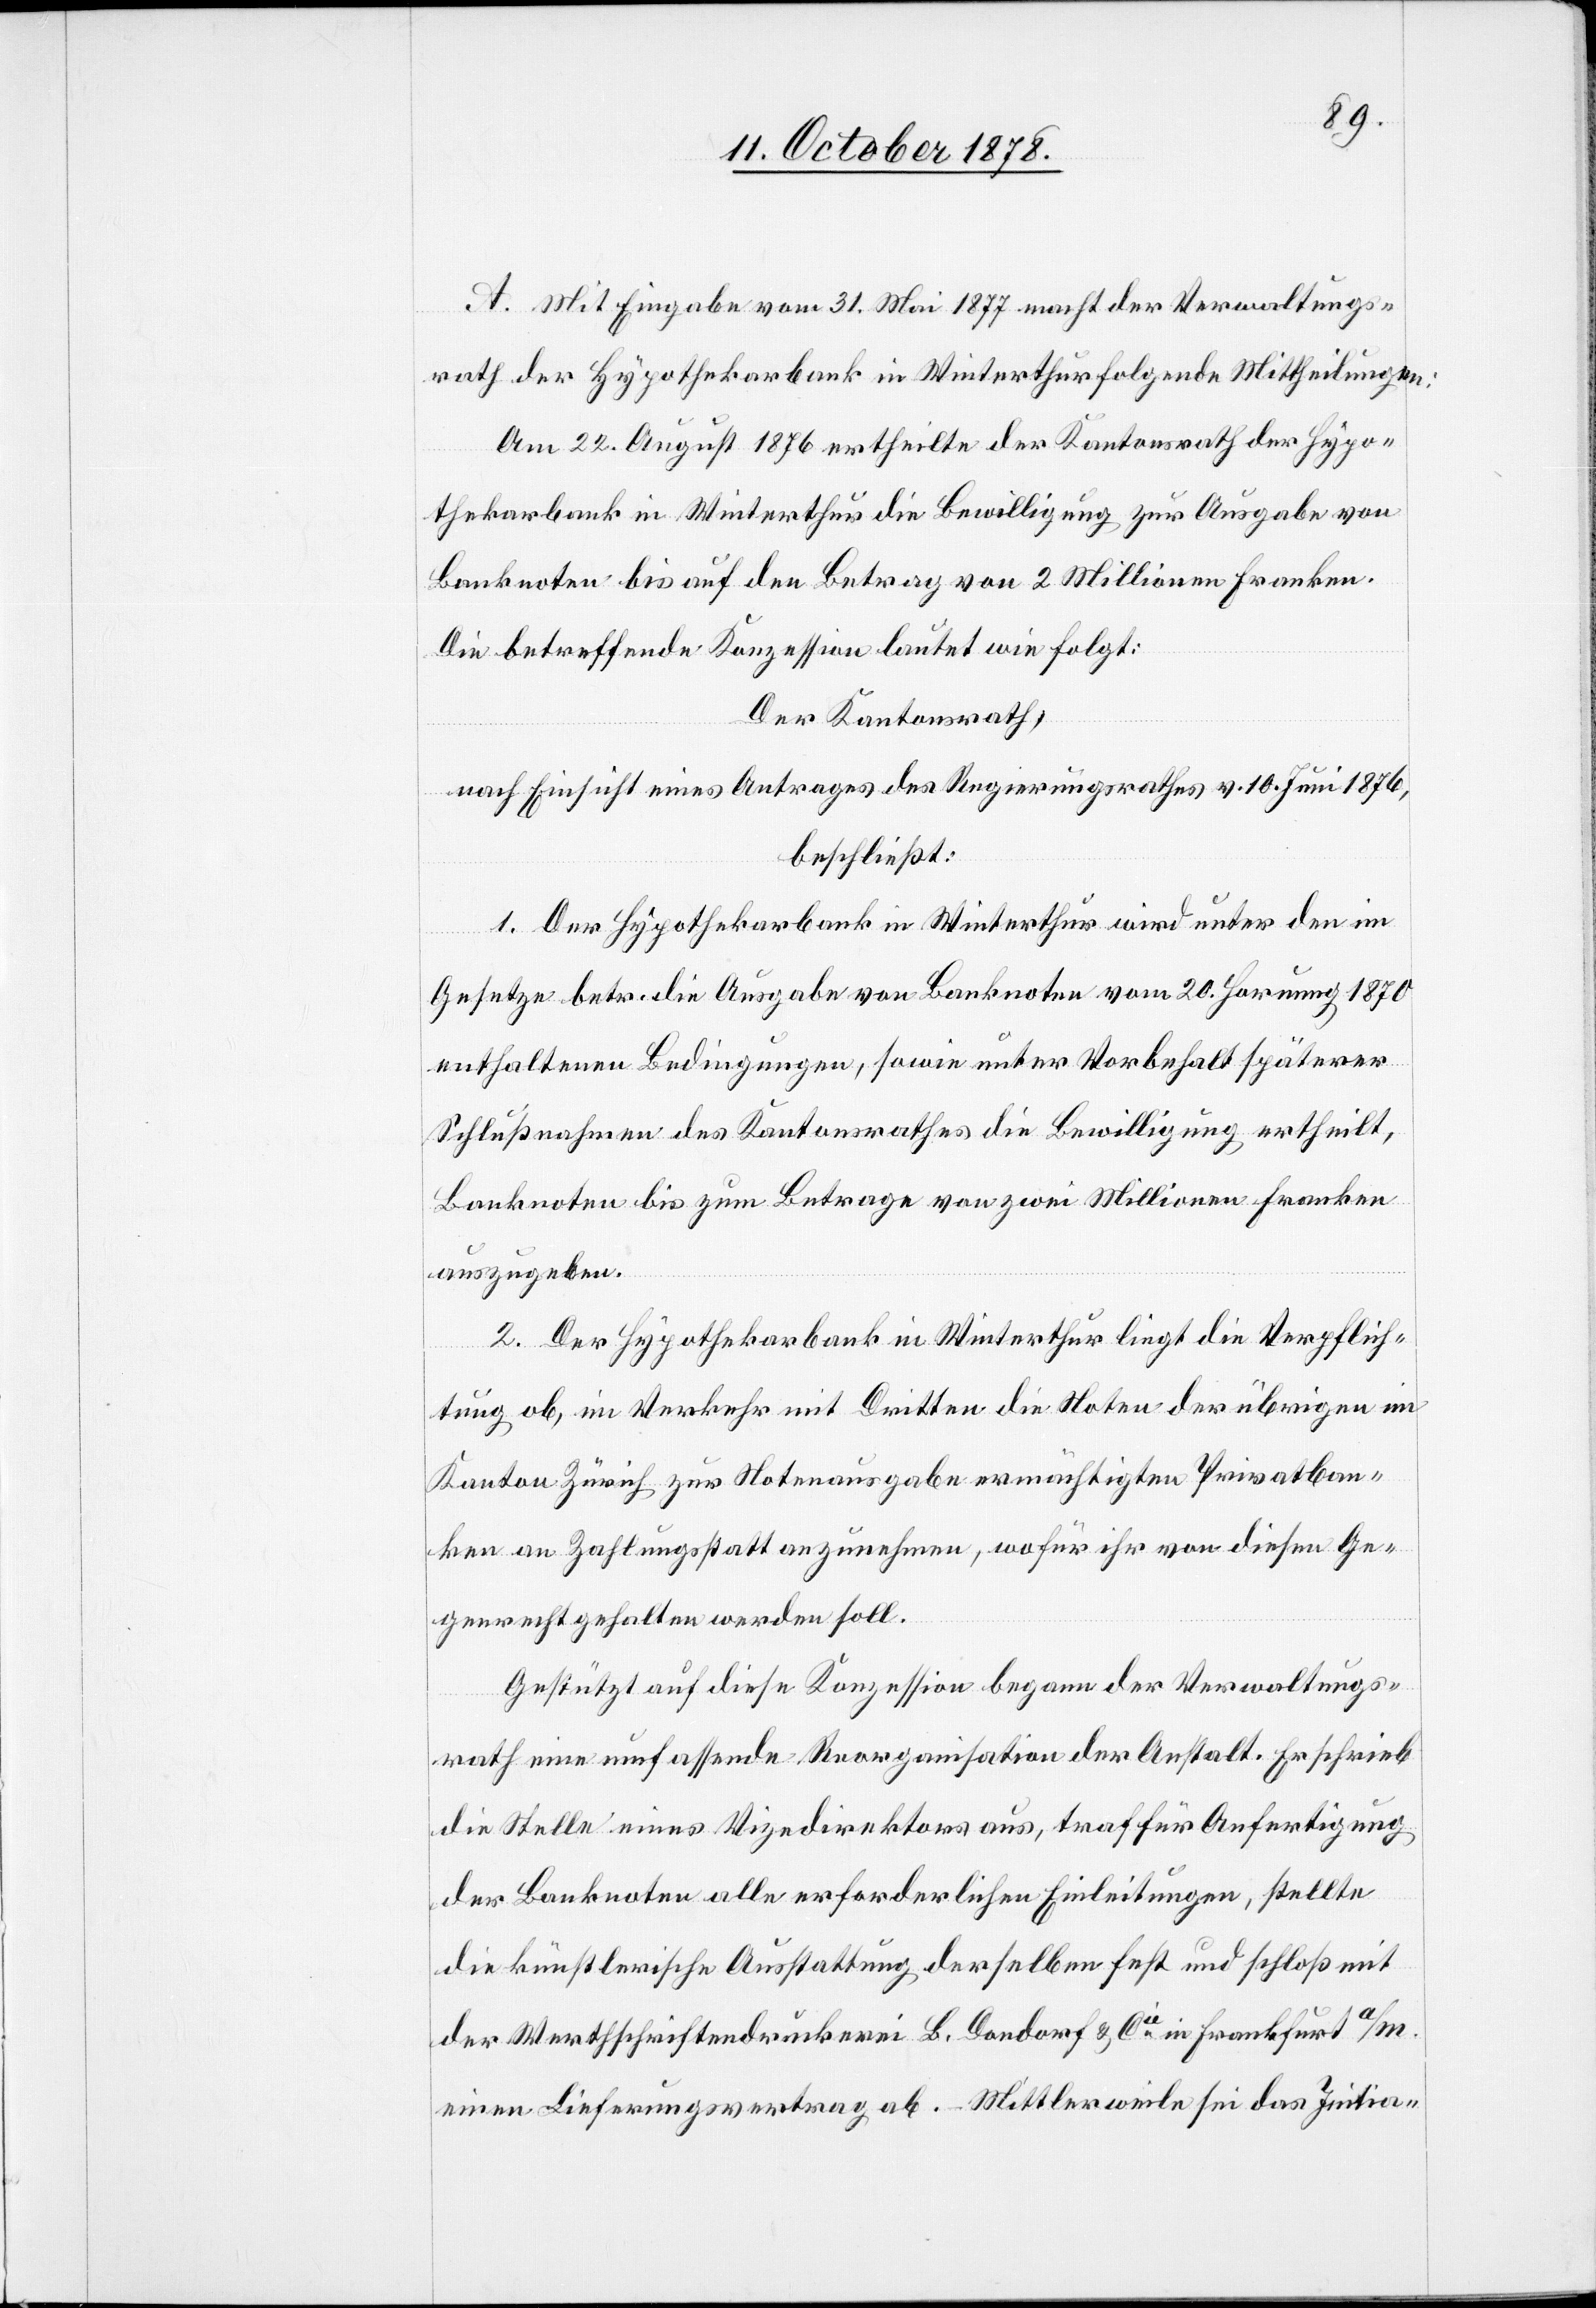
A. Mit Eingabe vom 31. Mai 1877 macht der Verwaltungs¬
rath der Hypothekarbank in Winterthur folgende Mittheilungen:
Am 22. August 1876 ertheilte der Kantonsrath der Hypo¬
thekarbank in Winterthur die Bewilligung zur Ausgabe von
Banknoten bis auf den Betrag von 2 Millionen Franken.
die betreffende Konzession lautet wie folgt:
Der Kantonsrath,
nach Einsicht eines Antrages des Regierungsrathes v. 10. Juni 1876,
beschließt:
1. Der Hypothekarbank in Winterthur wird unter den im
Gesetze betr. die Ausgabe von Banknoten vom 20. Hornung 1870
enthaltenen Bedingungen, sowie unter Vorbehalt späterer
Schlußnahmen des Kantonsrathes die Bewilligung ertheilt,
Banknoten bis zum Betrage von zwei Millionen Franken
auszugeben.
2. Der Hypothekarbank in Winterthur liegt die Verpflich¬
tung ob, im Verkehr mit Dritten die Noten der übrigen im
Kanton Zürich zur Notenausgabe ermächtigten Privatban¬
ken an Zahlungsstatt anzunehmen, wofür ihr von diesen Ge¬
genrecht gehalten werden soll.
Gestützt auf diese Konzession begann der Verwaltungs¬
rath eine umfassende Reorganisation der Anstalt. Er schrieb
die Stelle eines Vizedirektors aus, traf für Anfertigung
der Banknoten alle erforderlichen Einleitungen, stellte
die künstlerische Ausstattung derselben fest und schloß mit
der Werthschriftdruckerei B. Dondorf & Cie in Frankfurt a/m.
einen Lieferungsvertrag ab. Mittlerweile sei das Initia-